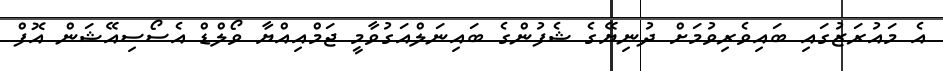
އެ މައުރަޒުގައި ބައިވެރިވުމަށް ދުނިޔޭގެ ޝެފުންގެ ބައިނަލްއަގުވާމީ ޖަމްއިއްޔާ ވޯލްޑް އެސޯސިއޭޝަން އޮފް